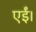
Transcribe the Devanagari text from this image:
एईं।